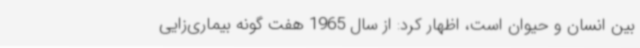
بین انسان و حیوان است، اظهار کرد: از سال 1965 هفت گونه بیماری‌زایی